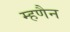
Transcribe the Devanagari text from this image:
म्हणैन